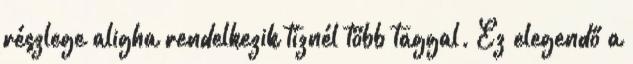
részlege aligha rendelkezik tíznél több taggal. Ez elegendő a